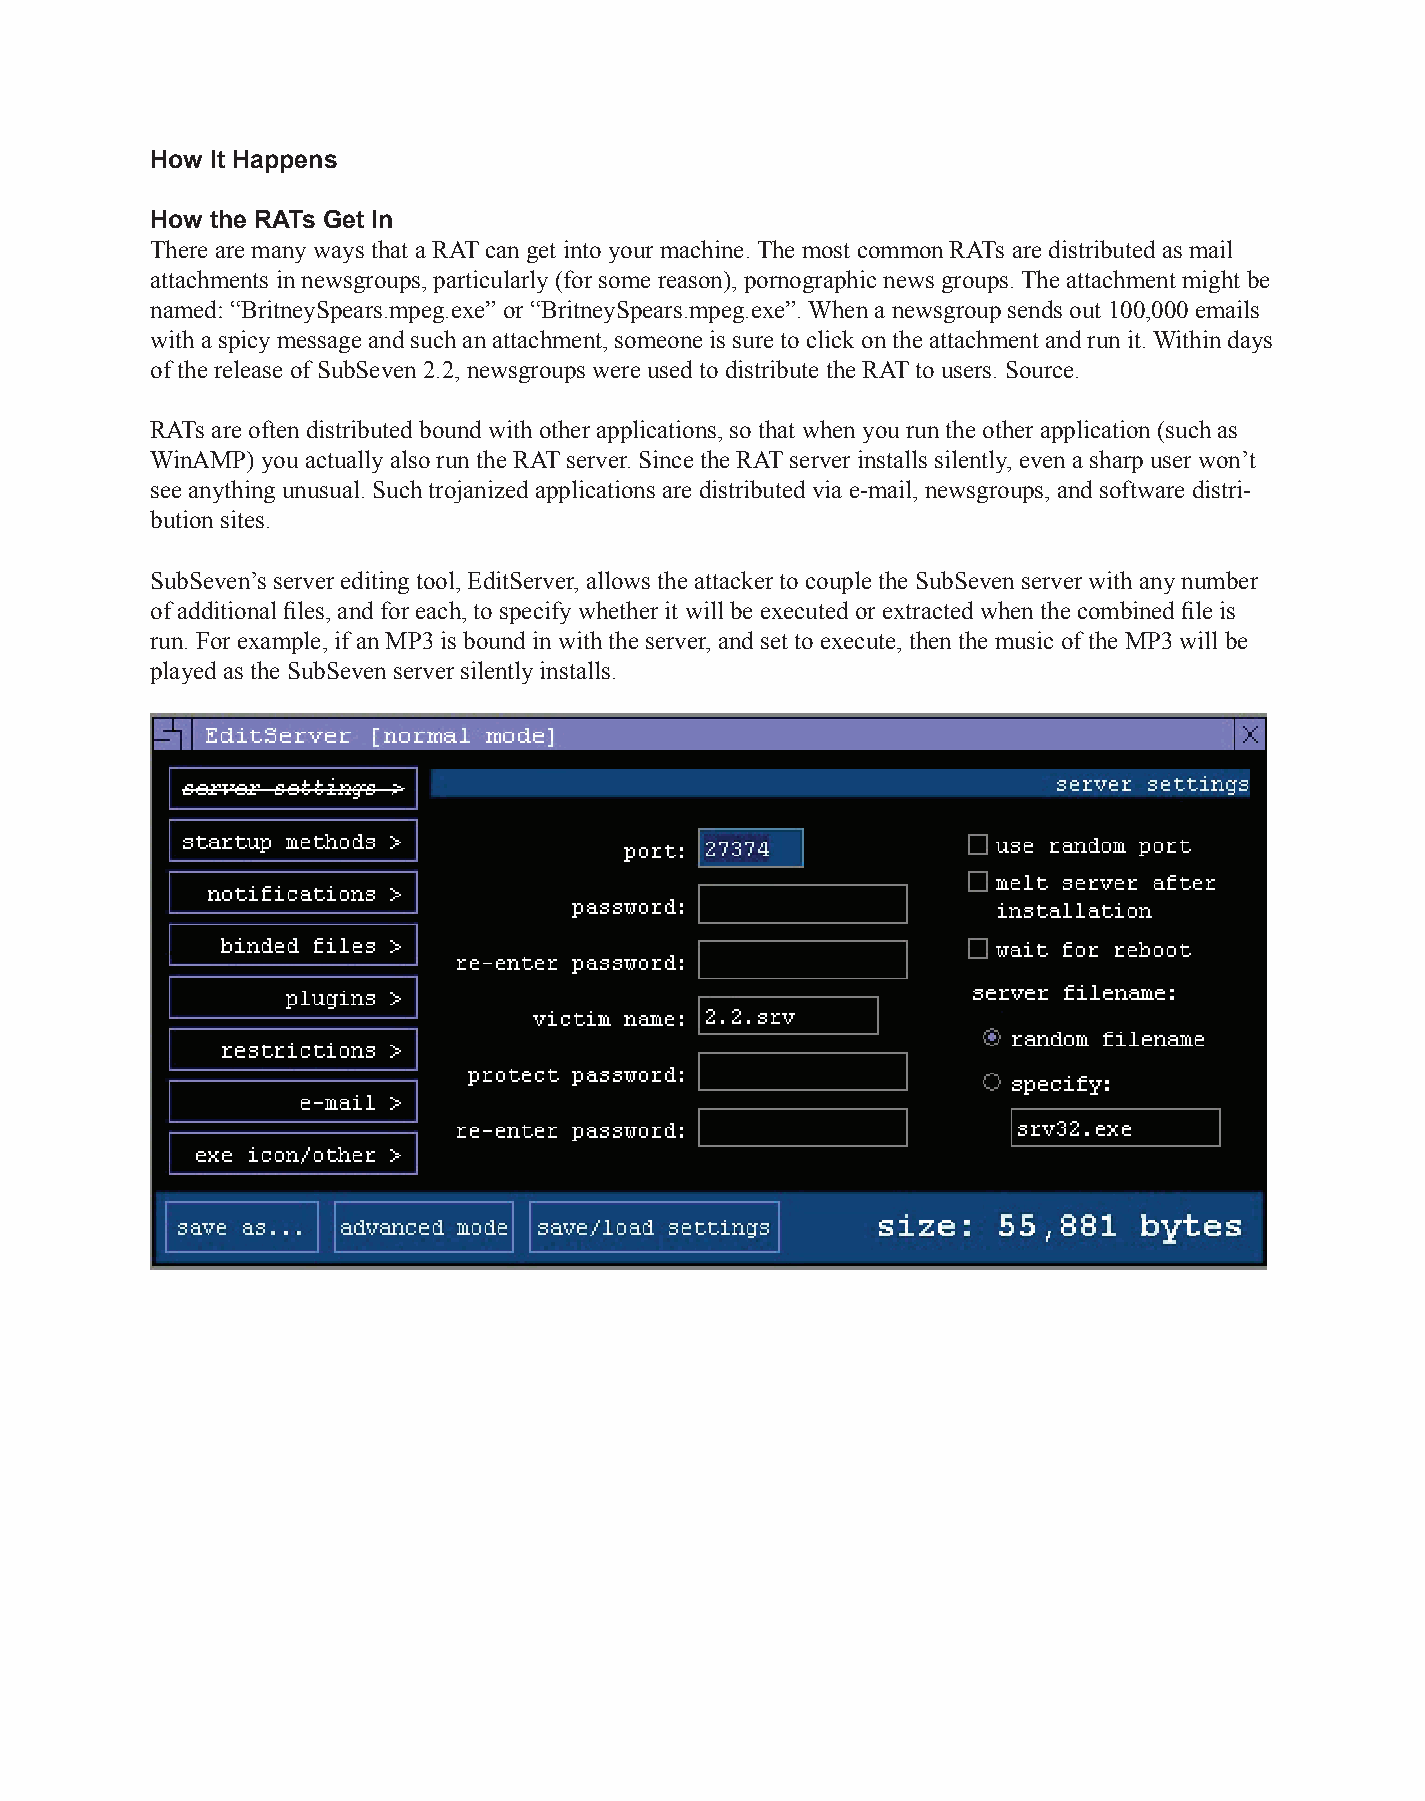
How It Happens
 How the RATs Get In
 There are many ways that a RAT can get into your machine. The most common RATs are distributed as mail
 attachments in newsgroups, particularly (for some reason), pornographic news groups. The attachment might be
 named: “BritneySpears.mpeg.exe” or “BritneySpears.mpeg.exe”. When a newsgroup sends out 100,000 emails
 with a spicy message and such an attachment, someone is sure to click on the attachment and run it. Within days
 of the release of SubSeven 2.2, newsgroups were used to distribute the RAT to users. Source.
 RATs are often distributed bound with other applications, so that when you run the other application (such as
 WinAMP) you actually also run the RAT server. Since the RAT server installs silently, even a sharp user won’t
 see anything unusual. Such trojanized applications are distributed via e-mail, newsgroups, and software distri-
 bution sites.
 SubSeven’s server editing tool, EditServer, allows the attacker to couple the SubSeven server with any number
 of additional files, and for each, to specify whether it will be executed or extracted when the combined file is
 run. For example, if an MP3 is bound in with the server, and set to execute, then the music of the MP3 will be
 played as the SubSeven server silently installs.